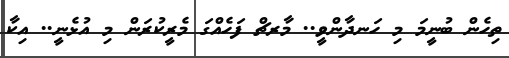
ތިހެން ބުނީމަ މި ހަނދާންވީ.. މާރޗް ފަހެއްގަ މެރީކުރަން މި އުޅެނީ.. އިކާ